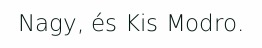
Nagy, és Kis Modro.